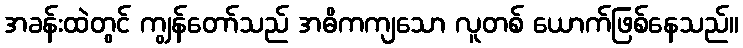
အခန်းထဲတွင် ကျွန်တော်သည် အဓိကကျသော လူတစ် ယောက်ဖြစ်နေသည်။